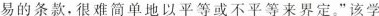
易的条款，很难简单地以平等或不平等来界定。”该学